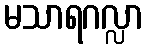
မသာရဂလ္လာ